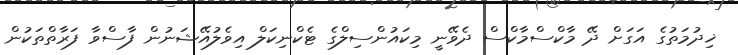
ޚިދުމަތުގެ އަގަށް ދޭ މާކްސްމާކްސް ދެވޭނީ މިކައުންސިލްގެ ޓެކްނިކަލް އިވެލުއޭޝަނުން ފާސްވާ ފަރާތްތަކުން